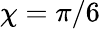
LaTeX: \chi=\pi/6